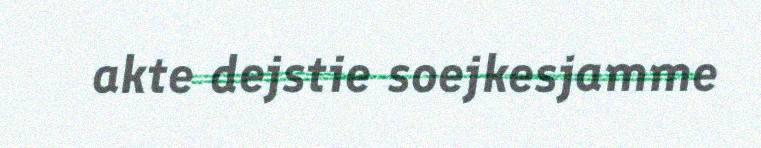
akte dejstie soejkesjamme